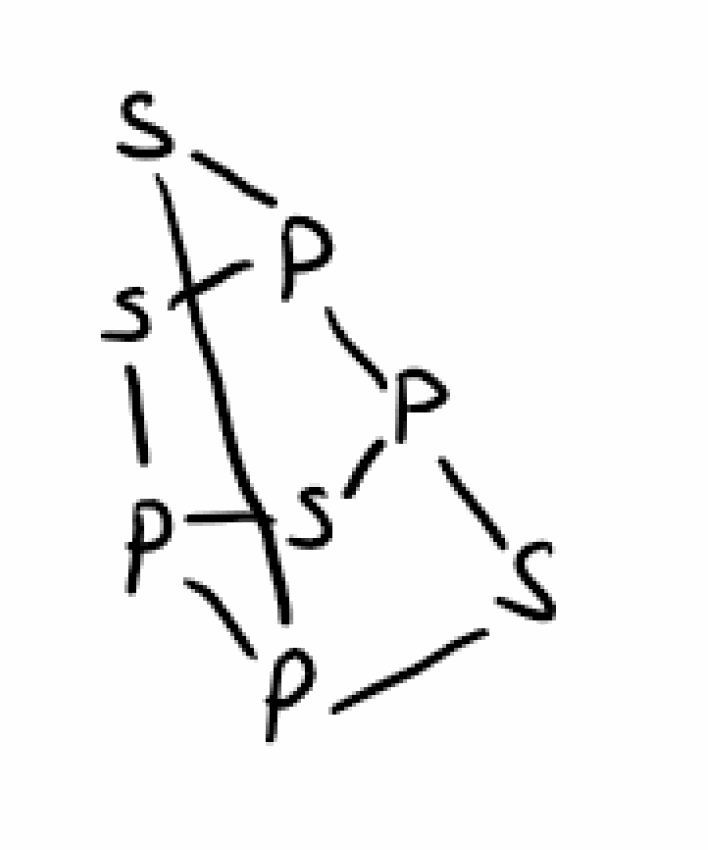
Simplified molecular-input line-entry system (SMILES) notation of the given molecule:
P12P3SP(S1)P(S2)S3